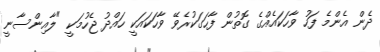
ދެން އެންމެ ފަހު ވާހަކައެއްގެ ގޮތުން ފާހަގަކުރެވޭ ވާހަކައަކީ ހައްދު ޖެހުމަކީ "ލާއިންސާނީ